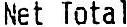
NET TOTAL